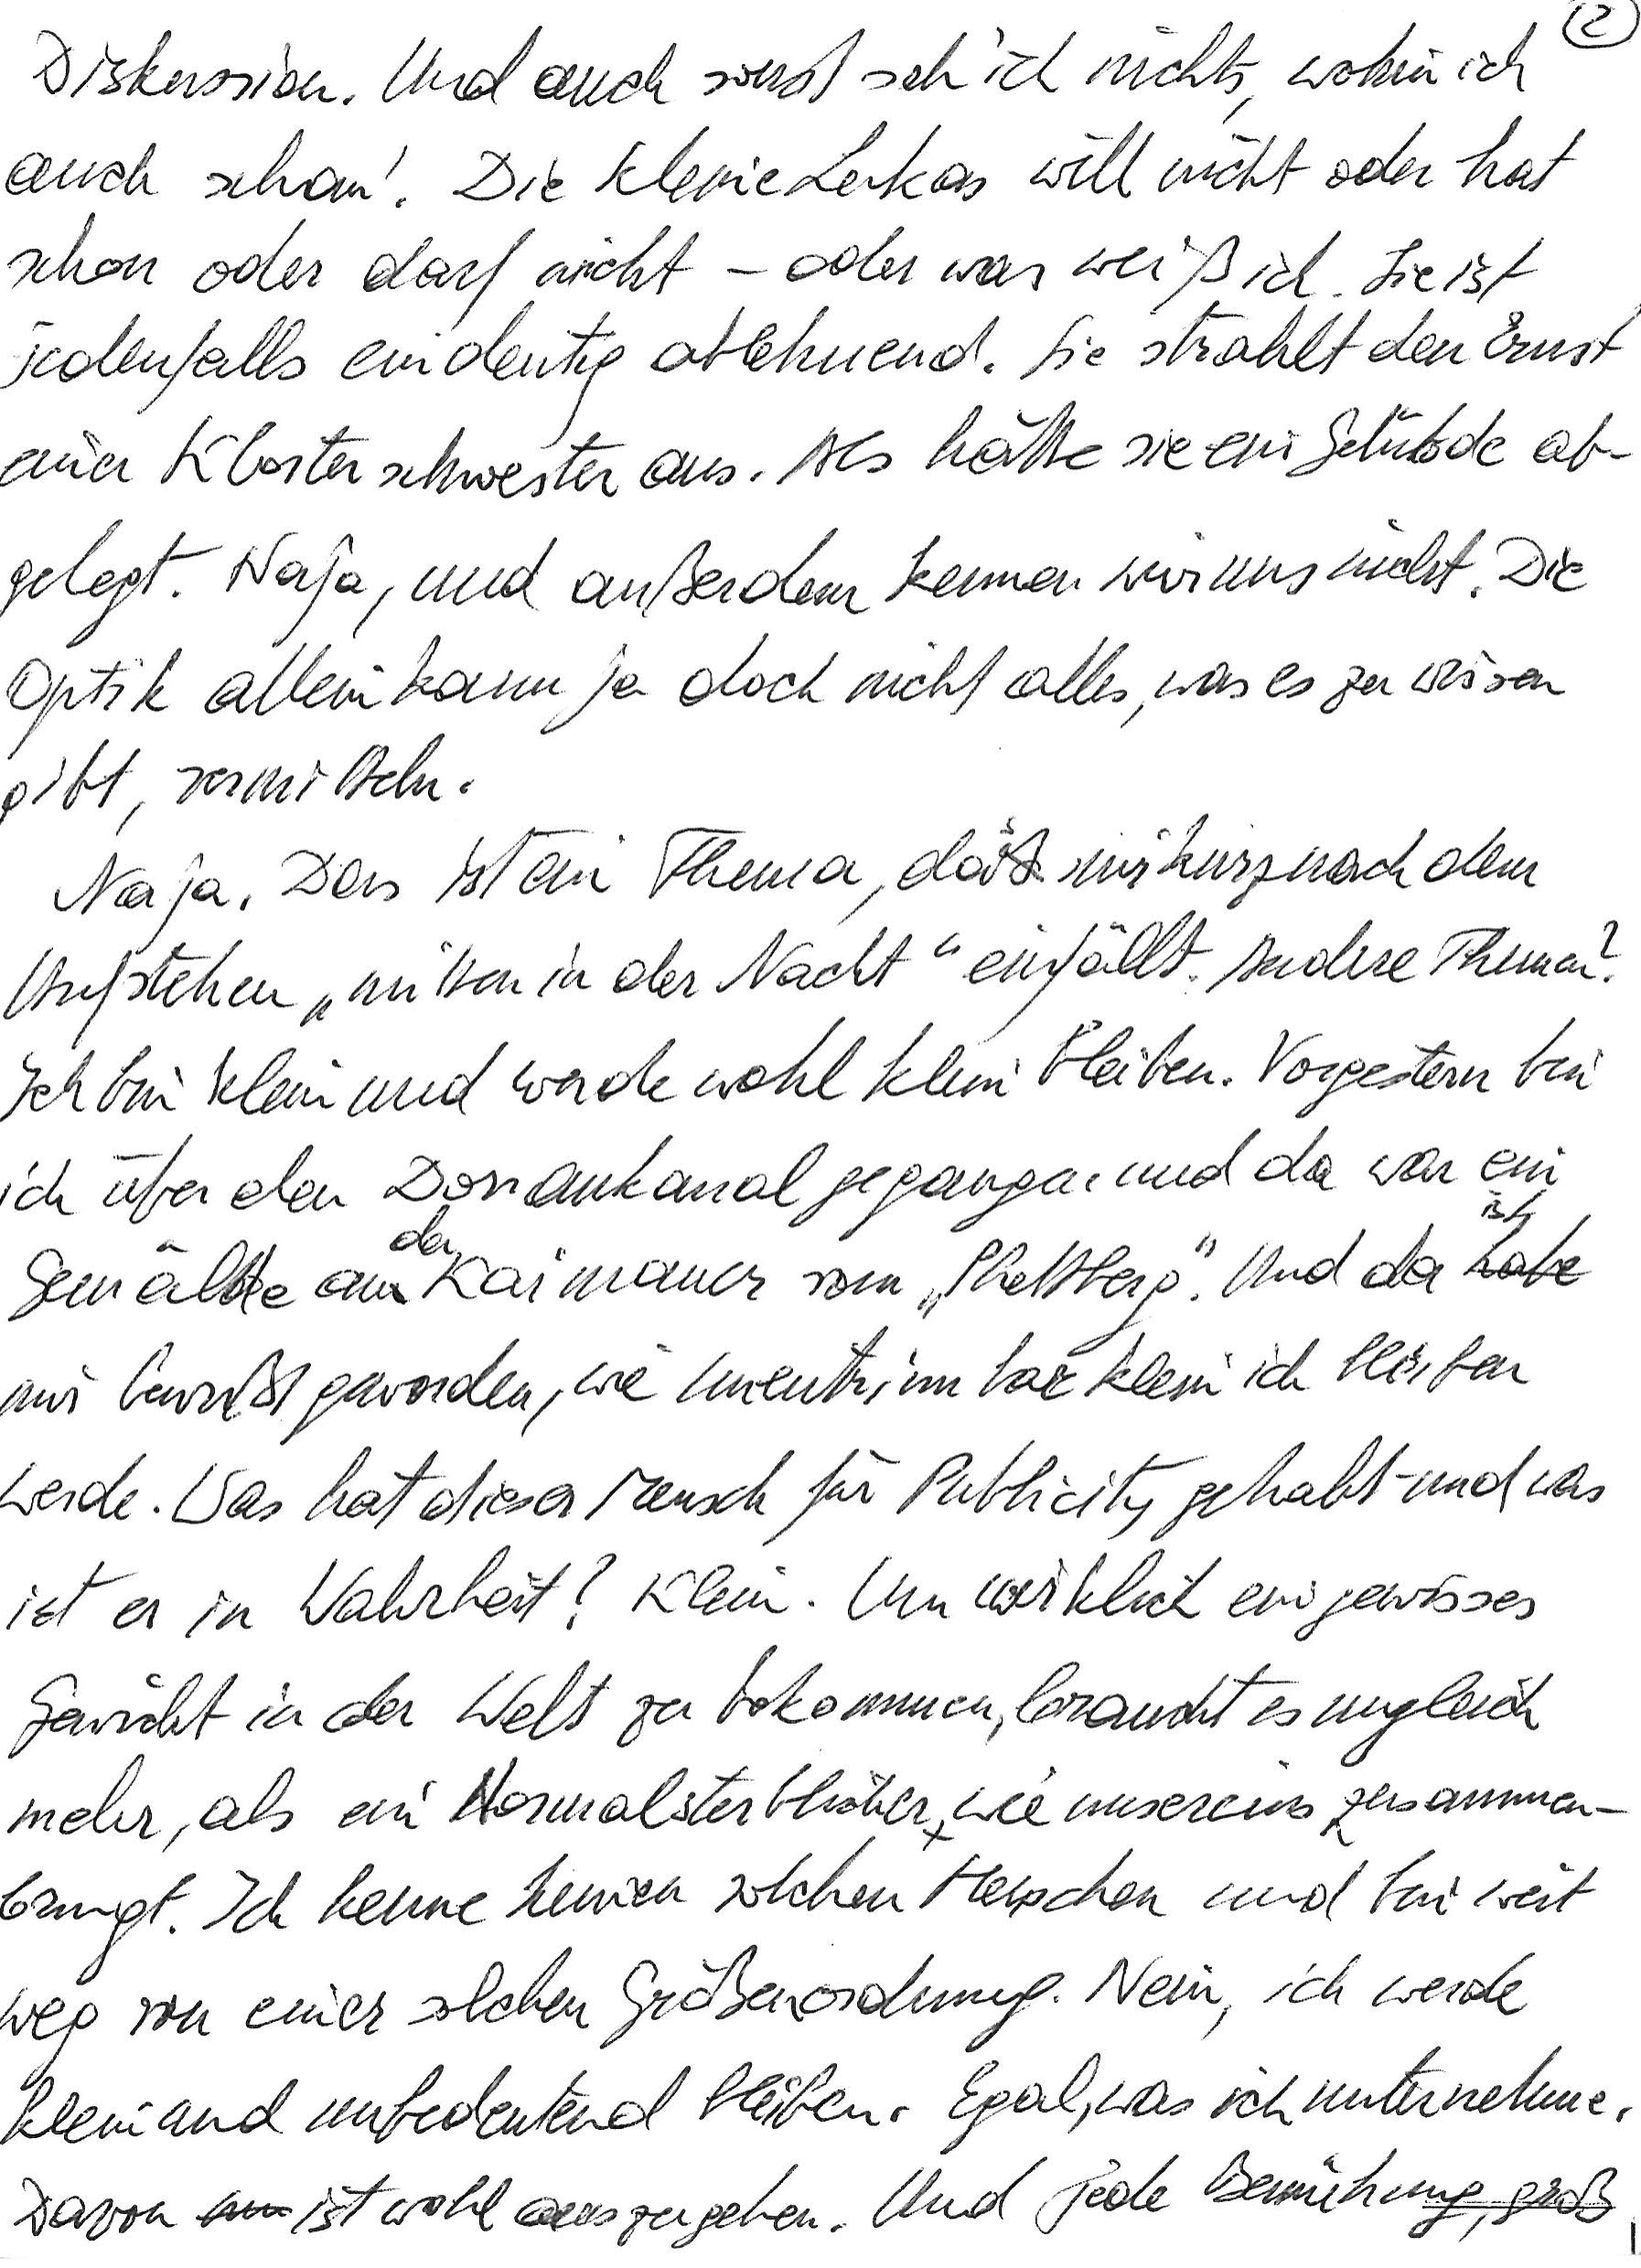
Diskussion. Und auch sonst seh‘ ich nichts, wohin ich
auch schau‘. Die kleine Lukas will nicht oder hat
schon oder darf nicht – oder was weiß ich. Sie ist
jedenfalls eindeutig ablehnend. Sie strahlt den Ernst
einer Klosterschwester aus. Als hätte sie ein Gelübde ab-
gelegt. Naja, und außerdem kennen wir uns nicht. Die
Optik allein kann ja doch nicht alles, was es zu wissen
gibt, vermitteln.
Naja. Das ist ein Thema, das mir kurz nach dem
Aufstehen „mitten in der Nacht“ einfällt. Andere Themen?
Ich bin klein und werde wohl klein bleiben. Vorgestern bin
ich über den Donaukanal gegangen und da war ein
Gemälde an der Kaimauer vom „Phettberg“. Und da ist
mir bewußt geworden, wie unentrinnbar klein ich bleiben
werde. Was hat dieser Mensch für Publicity gehabt und was
ist er in Wahrheit? Klein. Um wirklich ein gewisses
Gewicht in der Welt zu bekommen, braucht es ungleich
mehr, als ein Normalsterblicher wie unsereins zusammen-
bringt. Ich kenne keinen solchen Menschen und bin weit
weg von einer solchen Größenordnung. Nein, ich werde
klein und unbedeutend bleiben. Egal, was ich unternehme.
Davon ist wohl auszugehen. Und jede Bemühung, groß